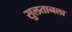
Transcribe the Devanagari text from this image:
सुलतानला